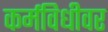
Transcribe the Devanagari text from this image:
कर्मविधीवर